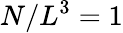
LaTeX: N/L^{3}=1